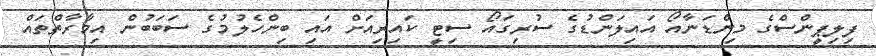
ފިލިޕީންސްގެ މިންޑަނާއޯ އައިލަންޑުގެ ސުރިގައޯ ސިޓީ ކައިރިއަށް އައި ބިންހެލުމުގެ ސަބަބުން އިމާރާތްތައް